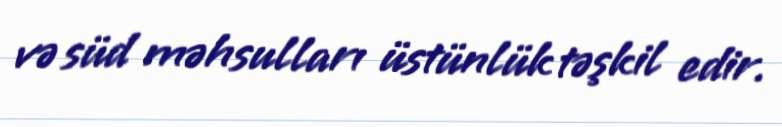
və süd məhsulları üstünlük təşkil edir.